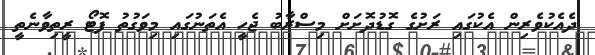
ދެއެކުވެރިން އެކުގައި ރަށުގެ ގޮޑުދޮށަށް މިސްރާބު ޖެހީ އެތަނުގައި މިވަގުތު ފޮޓޯ ރީތިވާނެތީ